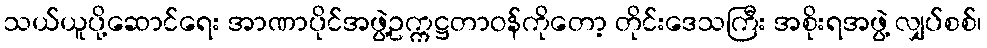
သယ်ယူပို့ဆောင်ရေး အာဏာပိုင်အဖွဲ့ဥက္ကဋ္ဌတာဝန်ကိုတော့ တိုင်းဒေသကြီး အစိုးရအဖွဲ့ လျှပ်စစ်၊